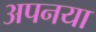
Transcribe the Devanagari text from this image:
अपनया